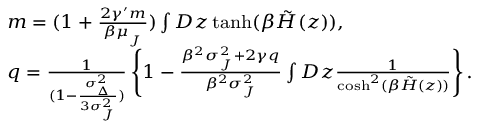
{ \footnotesize \begin{array} { r l } & { m = ( 1 + \frac { 2 \gamma ^ { \prime } m } { \beta \mu _ { _ { J } } } ) \int D z \operatorname { t a n h } ( \beta \tilde { H } ( z ) ) , } \\ & { q = \frac { 1 } { ( 1 - \frac { \sigma _ { _ { \Delta } } ^ { 2 } } { 3 \sigma _ { _ { J } } ^ { 2 } } ) } \left\{ 1 - \frac { \beta ^ { 2 } \sigma _ { _ { J } } ^ { 2 } + 2 \gamma q } { \beta ^ { 2 } \sigma _ { _ { J } } ^ { 2 } } \int D z \frac { 1 } { \cosh ^ { 2 } ( \beta \tilde { H } ( z ) ) } \right\} . } \end{array} }